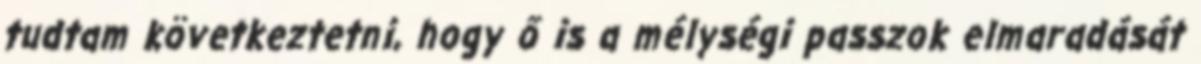
tudtam következtetni, hogy ő is a mélységi passzok elmaradását